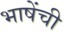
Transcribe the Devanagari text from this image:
भाषेंची